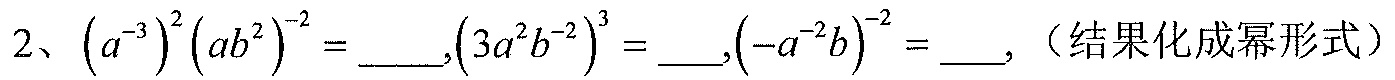
2、$\left(a^{-3}\right)^{2}\left(ab^{2}\right)^{-2} = \_\_\_,\left(3a^{2}b^{-2}\right)^{3} = \_\_,\left(-a^{-2}b\right)^{-2} = \_\_,$（结果化成幂形式）